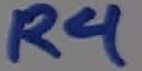
Text: R4